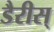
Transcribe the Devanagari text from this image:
डैरीस्